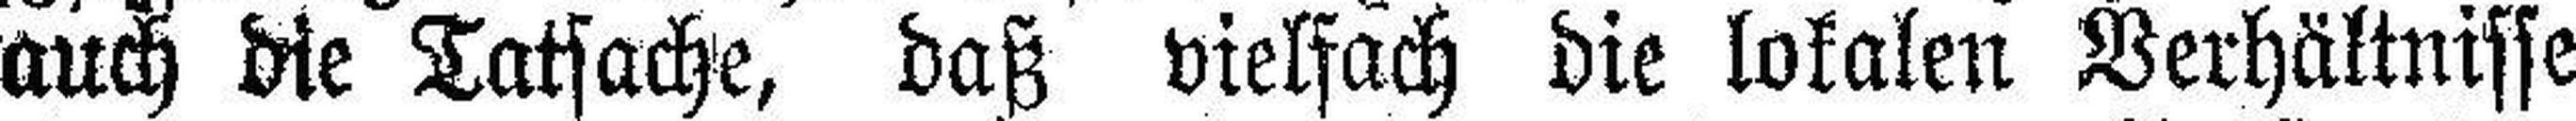
auch die Tatsache, daß vielfach die lokalen Verhältnisse